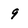
Character: 9